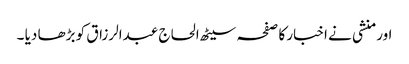
اور منشی نے اخبار کا صفحہ سیٹھ الحاج عبدالرزاق کو بڑھا دیا ۔